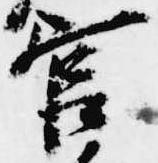
官